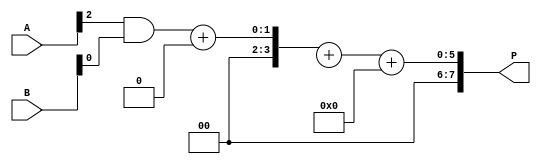
module WallaceTreeMultiplier #(
    parameter N = 4  // Number of bits of A and B
)(
    input [N-1:0] A,
    input [N-1:0] B,
    output [2*N-1:0] P
);

// Partial product generation
wire [N-1:0] PP [N-1:0]; // Partial products

genvar i, j;
generate
    for (i = 0; i < N; i = i + 1) begin : partial_product_gen
        for (j = 0; j < N; j = j + 1) begin : pp_gen
            assign PP[i][j] = A[i] & B[j];
        end
    end
endgenerate

// Wallace tree reduction
wire [N-1:0] S [N-1:0]; // Sums
wire [N-1:0] C [N-1:0]; // Carries

// Level 1 Reduction - Combining 3 bits using half and full adders
generate
    for (i = 0; i < N-1; i = i + 1) begin : reduction_stage_1
        if (i % 3 == 0) begin
            assign {C[i], S[i]} = PP[i][0] + PP[i][1] + PP[i][2]; // Full adder for 3 inputs
        end
        else if (i % 3 == 1) begin
            assign {C[i], S[i]} = PP[i][0] + PP[i][1]; // Half adder for 2 inputs
        end
        else if (i % 3 == 2) begin
            assign {C[i], S[i]} = PP[i][0] + C[i-1]; // Add carry from previous
        end
    end
endgenerate

// Level 2 Reduction - Continue to combine sums and carries
// Follow similar pattern as above

// Final addition
wire [2*N-1:0] final_sum;

assign final_sum = S[N-2] + S[N-1] + C[N-2]; // Final adder combining last 2 rows

// Output final product
assign P = final_sum;

endmodule